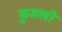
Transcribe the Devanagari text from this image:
कुमली